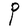
Character: P